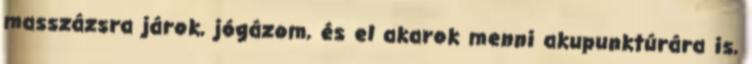
masszázsra járok, jógázom, és el akarok menni akupunktúrára is,